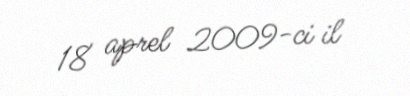
18 aprel 2009-ci il